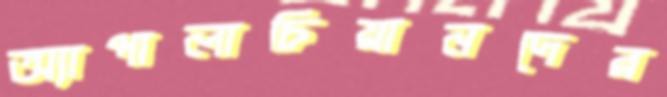
অ্যাপালাচিয়ানদের